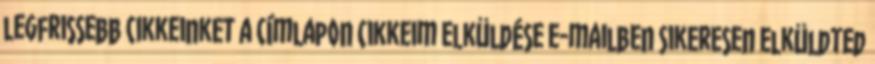
legfrissebb cikkeinket a címlapon Cikkeim elküldése e-mailben Sikeresen elküldted